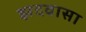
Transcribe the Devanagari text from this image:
झदवासा